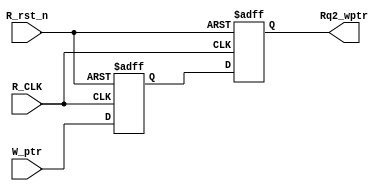
// This program was cloned from: https://github.com/MahmouodMagdi/Clock-Domain-Crossing-Synchronizers
// License: MIT License

module Sync_W2R #(

	parameter ADDR_WIDTH = 4
	
)(

// Inputs 
	input  wire 				 R_CLK,					// Read side Clock
	input  wire 				 R_rst_n,				// Active-Low reset Signal
	input  wire [ADDR_WIDTH : 0] W_ptr,					// Write Pointer that needs be synchronized
	
	
// Outputs	
	output reg [ADDR_WIDTH : 0] Rq2_wptr				// Synchronnized write pointer

);

	// Output of the 1st stage flipflop
	reg [ADDR_WIDTH : 0] Rq1_wptr;
	
	
	// Double FlipFlop synchronizer Behavior
	always @(posedge R_CLK or negedge R_rst_n)
	begin
	
		if(!R_rst_n)
		begin
		
			Rq1_wptr <= 5'b0;
			Rq2_wptr <= 5'b0;
			
		end
		
		else 
		begin
		
			Rq1_wptr <= W_ptr;
			Rq2_wptr <= Rq1_wptr;
		
		end
	end
	
endmodule